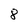
Character: 8